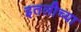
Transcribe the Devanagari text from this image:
इतलीच्या